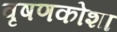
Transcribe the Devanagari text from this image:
वृषणकोशा